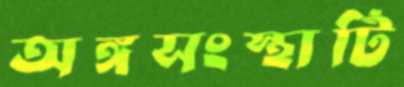
অঙ্গসংস্থাটি